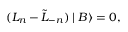
( L _ { n } - \tilde { L } _ { - n } ) \mid B \rangle = 0 ,